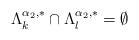
LaTeX: \begin{align*}\Lambda_k^{\alpha_2,\ast}\cap \Lambda_l^{\alpha_2,\ast}=\emptyset\end{align*}